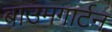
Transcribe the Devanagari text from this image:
बाउमगार्टन